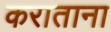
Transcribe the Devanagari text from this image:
कराताना